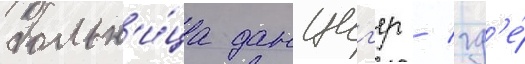
больн'и́ца данциг'ер / гд'е́